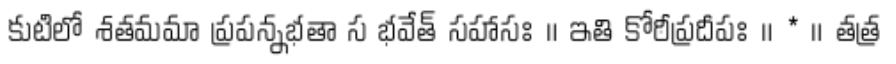
కుటిలో శతమమా ప్రపన్నభతా స భవేత్ సహాసః ॥ ఇతి కోఠీప్రదీపః ॥ * ॥ తత్ర